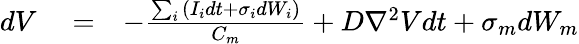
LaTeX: \begin{array}{rlr}{dV}&{{}=}&{-\frac{\sum_{i}{\left(I_{i}dt+\sigma_{i}dW_{i}\right)}}{C_{m}}+D\mathrm{\nabla}^{2}Vdt+\sigma_{m}dW_{m}}\end{array}